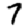
Digit: 7